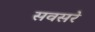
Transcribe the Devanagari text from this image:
सवसरे